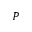
P